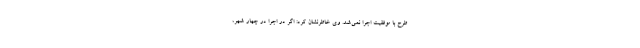
طرح با موفقیت اجرا نمی‌شد. وی خاطرنشان کرد: اگر در اجرا در چهار شهر،